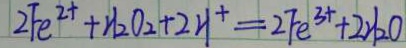
2 F e ^ { 2 + } + H _ { 2 } O _ { 2 } + 2 H ^ { + } = 2 F e ^ { 3 + } + 2 H _ { 2 } O